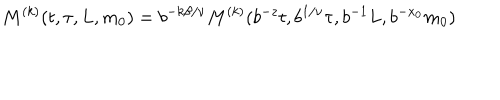
M ^ { ( k ) } ( t , \tau , L , m _ { 0 } ) = b ^ { - k \beta / \nu } M ^ { ( k ) } ( b ^ { - z } t , b ^ { 1 / \nu } \tau , b ^ { - 1 } L , b ^ { - x _ { 0 } } m _ { 0 } )